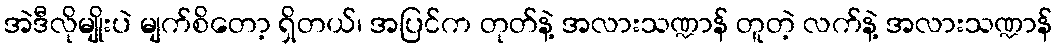
အဲဒီလိုမျိုးပဲ မျက်စိတော့ ရှိတယ်၊ အပြင်က တုတ်နဲ့ အလားသဏ္ဍာန် တူတဲ့ လက်နဲ့ အလားသဏ္ဍာန်